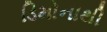
ડિમોનાથી